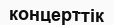
концерттік